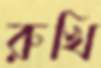
রুখি